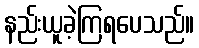
နည်းယူခဲ့ကြရပေသည်။